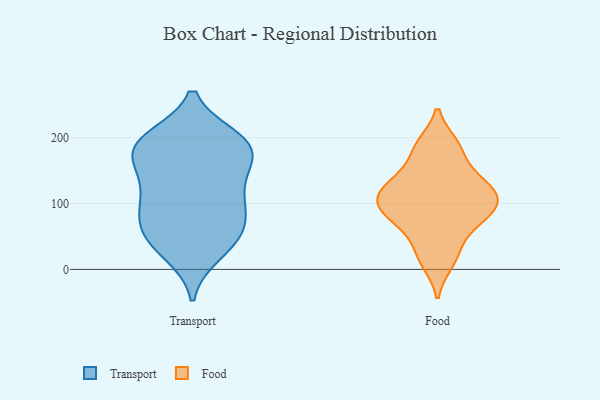
{"axis": {"x": "Bounce Rate (%)", "y": "Value"}, "legend": ["Food", "Transport"], "data": [{"x": "", "y": 196, "type": "Transport"}, {"x": "", "y": 47, "type": "Transport"}, {"x": "", "y": 109, "type": "Transport"}, {"x": "", "y": 58, "type": "Transport"}, {"x": "", "y": 71, "type": "Transport"}, {"x": "", "y": 199, "type": "Transport"}, {"x": "", "y": 160, "type": "Transport"}, {"x": "", "y": 161, "type": "Transport"}, {"x": "", "y": 198, "type": "Transport"}, {"x": "", "y": 98, "type": "Transport"}, {"x": "", "y": 84, "type": "Transport"}, {"x": "", "y": 158, "type": "Transport"}, {"x": "", "y": 24, "type": "Transport"}, {"x": "", "y": 183, "type": "Transport"}, {"x": "", "y": 57, "type": "Transport"}, {"x": "", "y": 30, "type": "Transport"}, {"x": "", "y": 126, "type": "Transport"}, {"x": "", "y": 190, "type": "Transport"}, {"x": "", "y": 111, "type": "Transport"}, {"x": "", "y": 187, "type": "Transport"}, {"x": "", "y": 67, "type": "Food"}, {"x": "", "y": 94, "type": "Food"}, {"x": "", "y": 32, "type": "Food"}, {"x": "", "y": 81, "type": "Food"}, {"x": "", "y": 87, "type": "Food"}, {"x": "", "y": 11, "type": "Food"}, {"x": "", "y": 189, "type": "Food"}, {"x": "", "y": 145, "type": "Food"}, {"x": "", "y": 132, "type": "Food"}, {"x": "", "y": 119, "type": "Food"}, {"x": "", "y": 109, "type": "Food"}, {"x": "", "y": 115, "type": "Food"}, {"x": "", "y": 184, "type": "Food"}]}